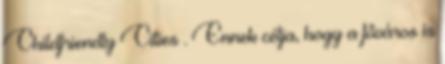
Childfriendly Cities . Ennek célja, hogy a főváros is